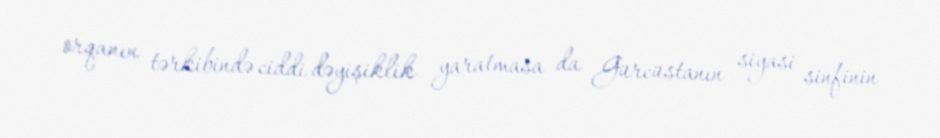
orqanın tərkibində ciddi dəyişiklik yaratmasa da Gürcüstanın siyasi sinfinin